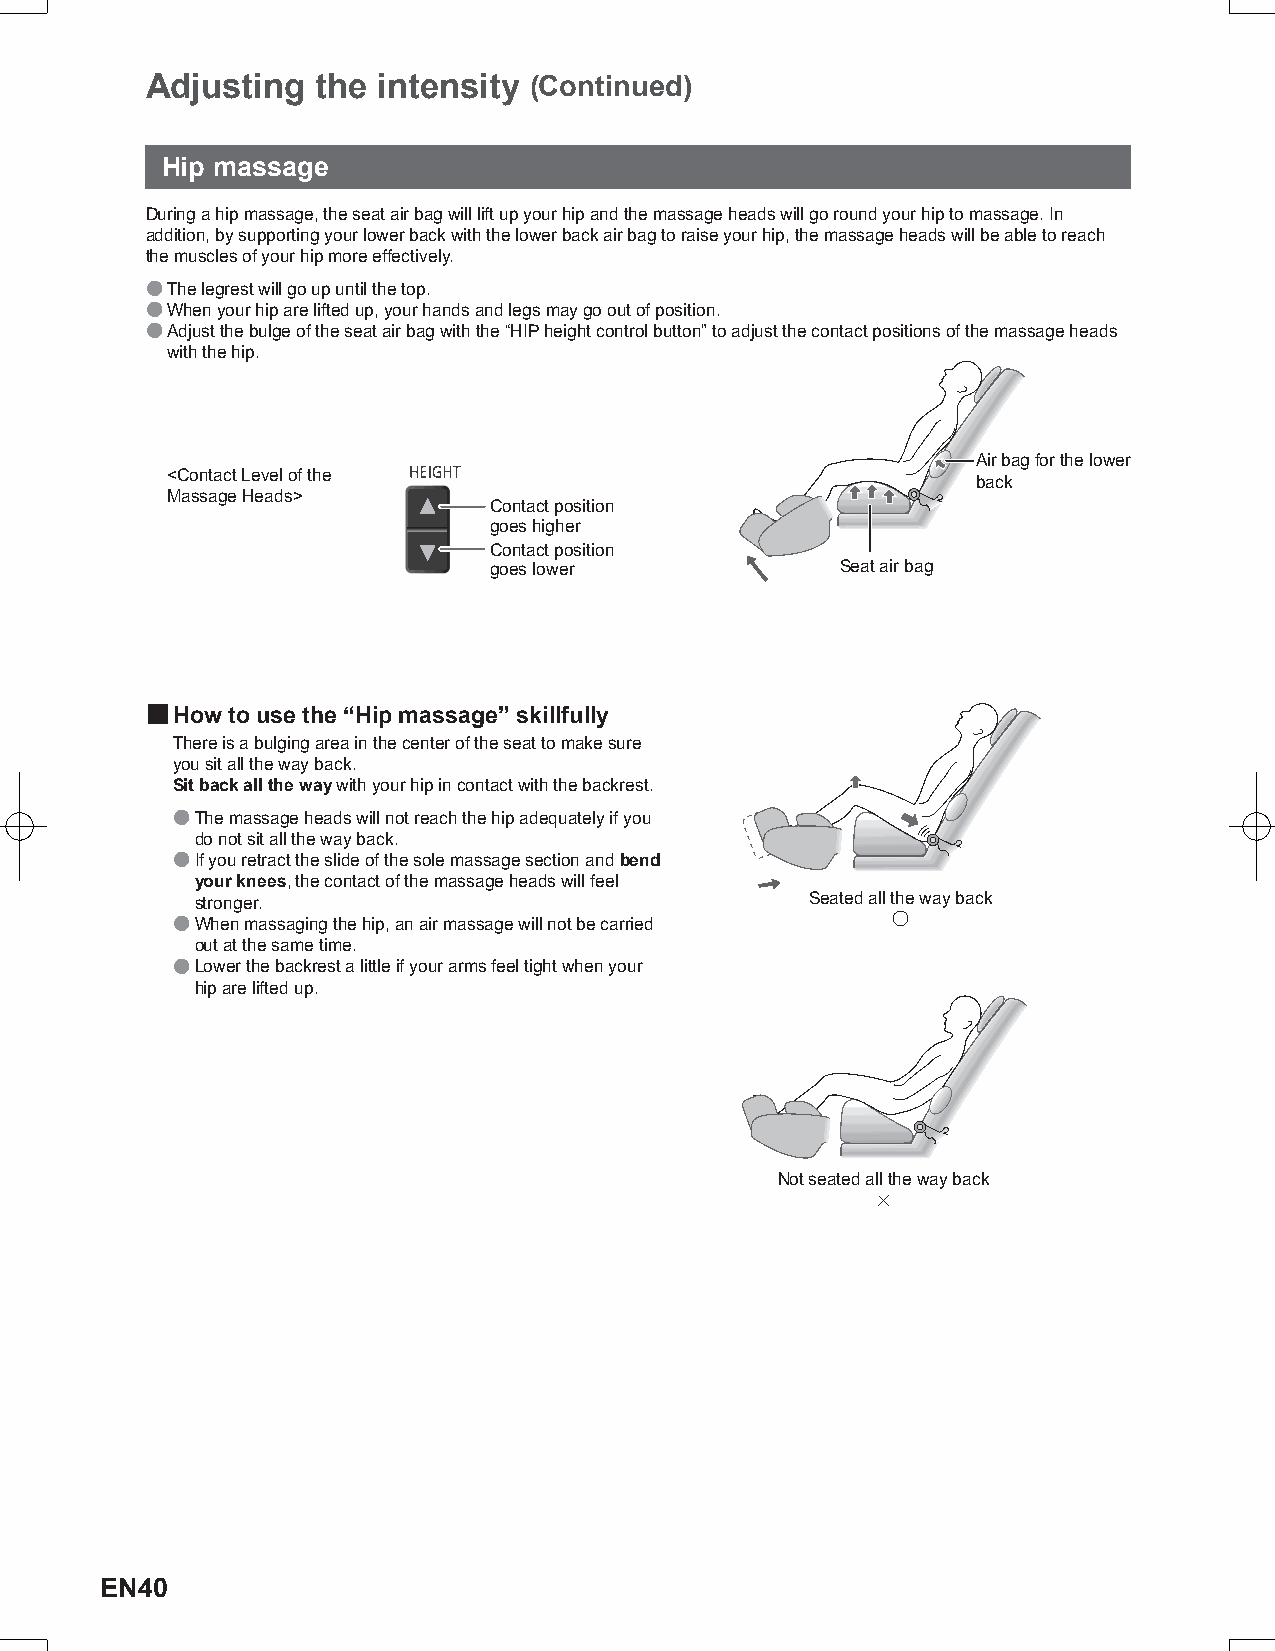
Adjusting  the intensity (Continued)
 Hip massage
 During a hip massage, the seat air bag will lift up your hip and the massage heads will go round your hip to massage. In
 addition, by supporting your lower back with the lower back air bag to raise your hip, the massage heads will be able to reach
 the muscles of your hip more effectively.
 ● The legrest will go up until the top.
 ● When your hip are lifted up, your hands and legs may go out of position.
 ● Adjust the bulge of the seat air bag with the “HIP height control button” to adjust the contact positions of the massage heads
 with the hip.
 Air bag for the lower
 <Contact Level of the
 back
 Massage Heads>
 Contact position
 goes higher
 Contact position
 goes lower              Seat air bag
 ■ How to use the “Hip massage” skillfully
 There is a bulging area in the center of the seat to make sure
 you sit all the way back.
 Sit back all the way with your hip in contact with the backrest.
 ● The massage heads will not reach the hip adequately if you
 do not sit all the way back.
 ● If you retract the slide of the sole massage section and bend
 your knees, the contact of the massage heads will feel
 stronger.                                Seated all the way back
 ● When massaging the hip, an air massage will not be carried ○
 out at the same time.
 ● Lower the backrest a little if your arms feel tight when your
 hip are lifted up.
 Not seated all the way back
 ×
 EN40